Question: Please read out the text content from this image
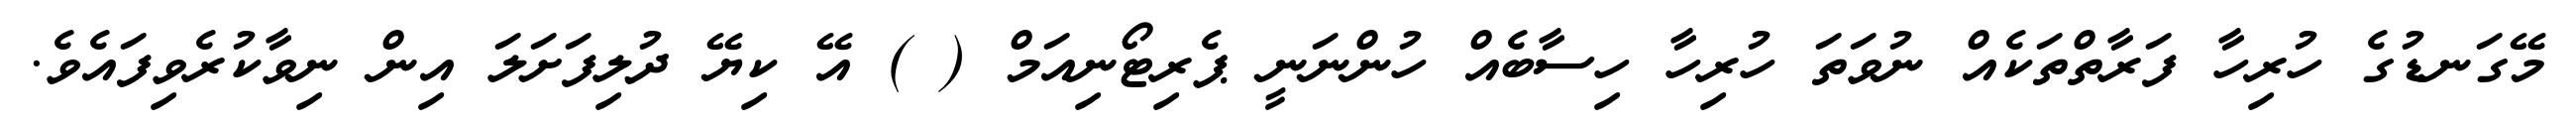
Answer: މޭގަނޑުގެ ހުރިހާ ފަރާތްތަކެއް ނުވަތަ ހުރިހާ ހިސާބެއް ހުންނަނީ ޕެރިޓޯނިއަމް ( ) އޭ ކިޔޭ ދުލިފަށަލަ އިން ނިވާކުރެވިފައެވެ.